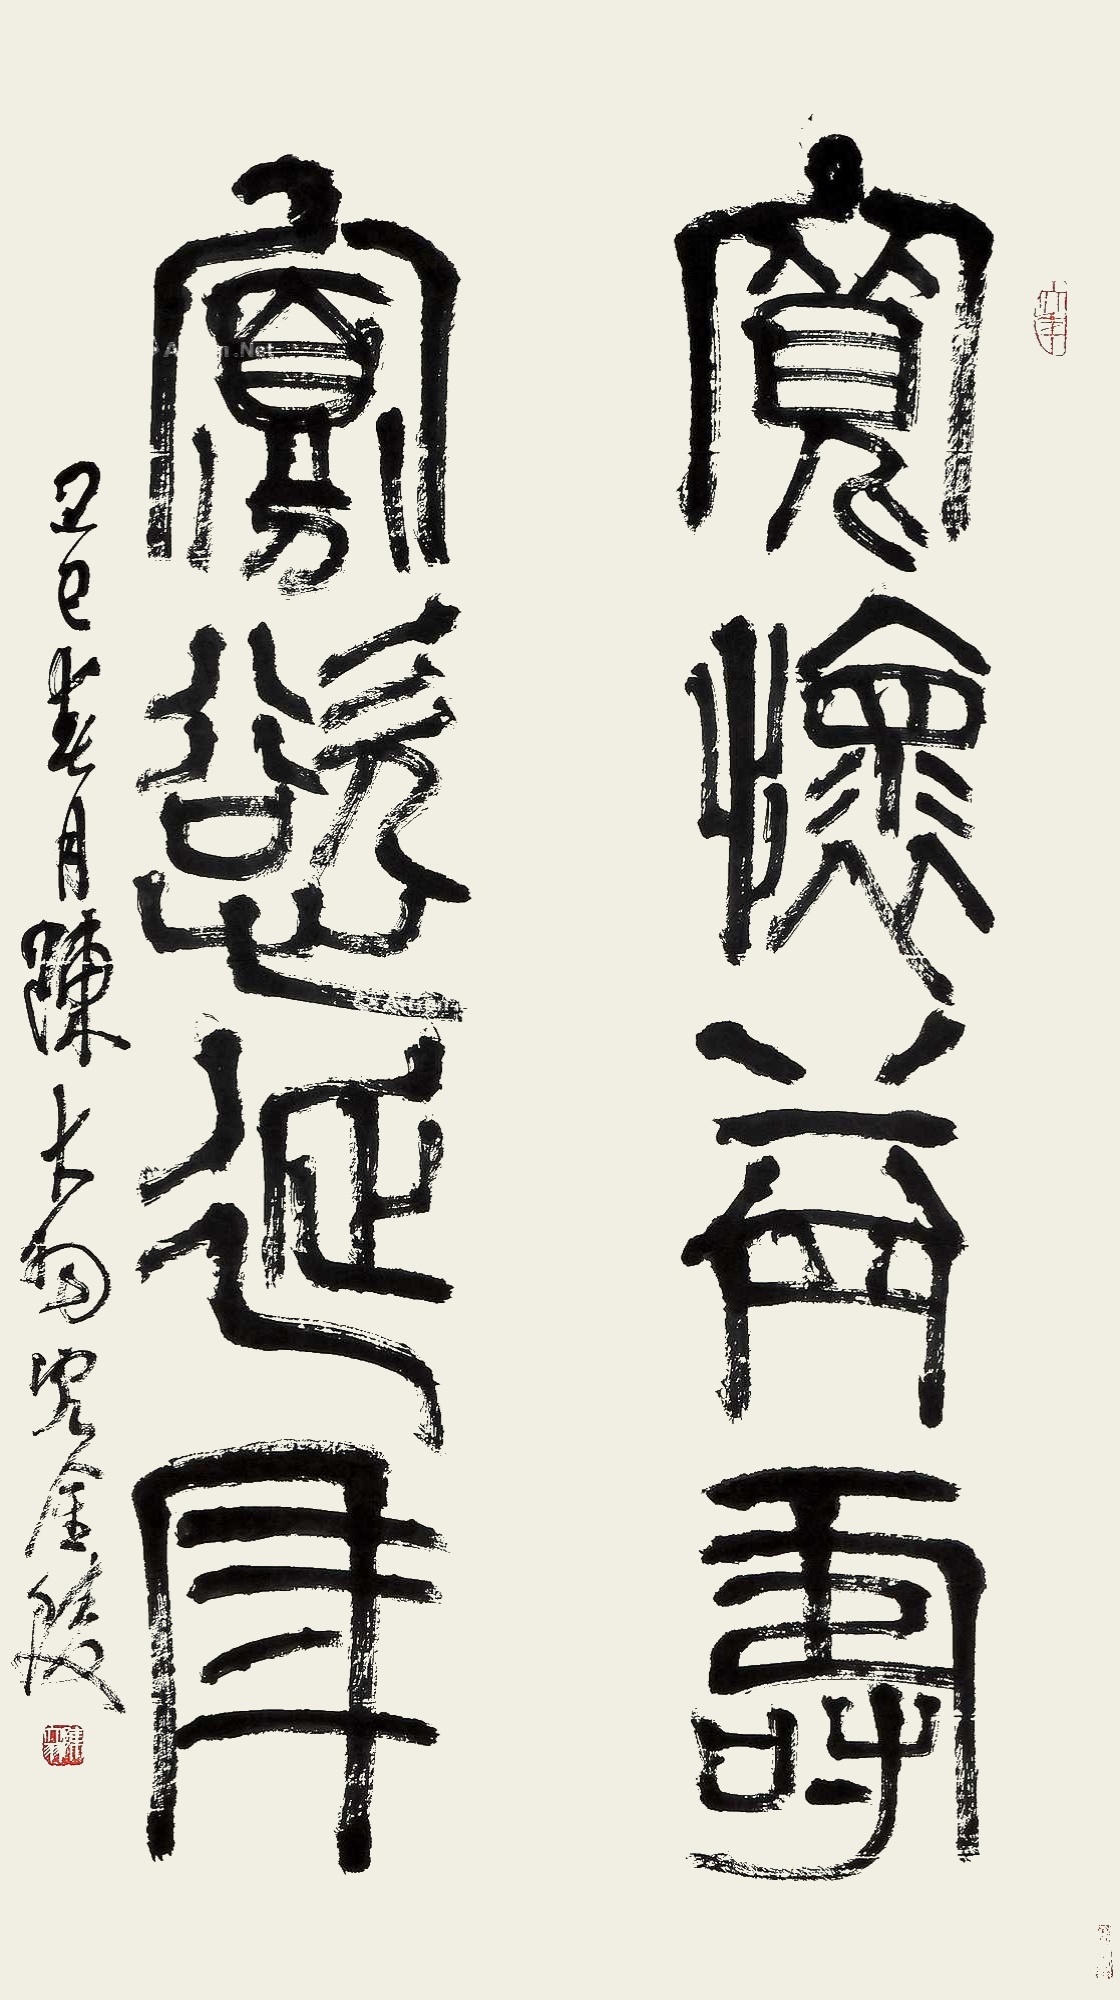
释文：宽怀益寿，寡欲延年。己巳春月陈大羽客金陵。